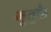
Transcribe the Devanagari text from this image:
भुतुक्कै